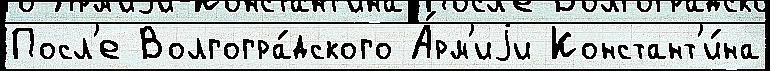
Посл'е Волгогра́дского А́рм'иjи Констант'и́на